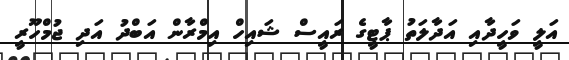
އަލީ ވަހީދާއި އަދާލަތު ޕާޓީގެ ރައީސް ޝައިހް އިމްރާން އަބްދު އަދި ޖުމްހޫރީ